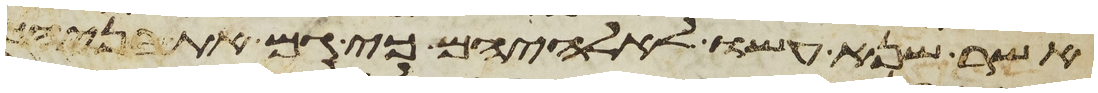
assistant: אשר שנא עשו לאלהיהם כי גם את בניהם